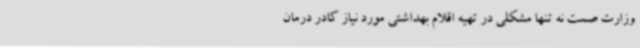
وزارت صمت نه تنها مشکلی در تهیه اقلام بهداشتی مورد نیاز کادر درمان